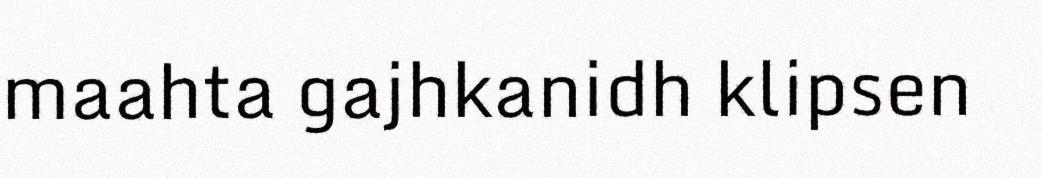
maahta gajhkanidh klipsen